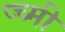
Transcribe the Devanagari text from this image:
प्च्मी